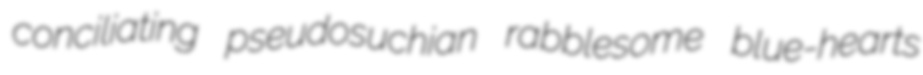
conciliating pseudosuchian rabblesome blue-hearts